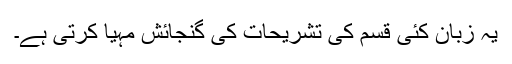
یہ زبان کئی قسم کی تشریحات کی گنجائش مہیا کرتی ہے۔